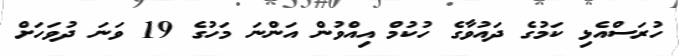
ހުރަސްއެޅި ކަމުގެ ދައުވާގެ ހުކުމް އިއްވުން އަންނަ މަހުގެ 19 ވަނަ ދުވަހަށް